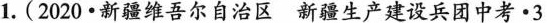
1.(2020·新疆维吾尔自治区新疆生产建设兵团中考·3